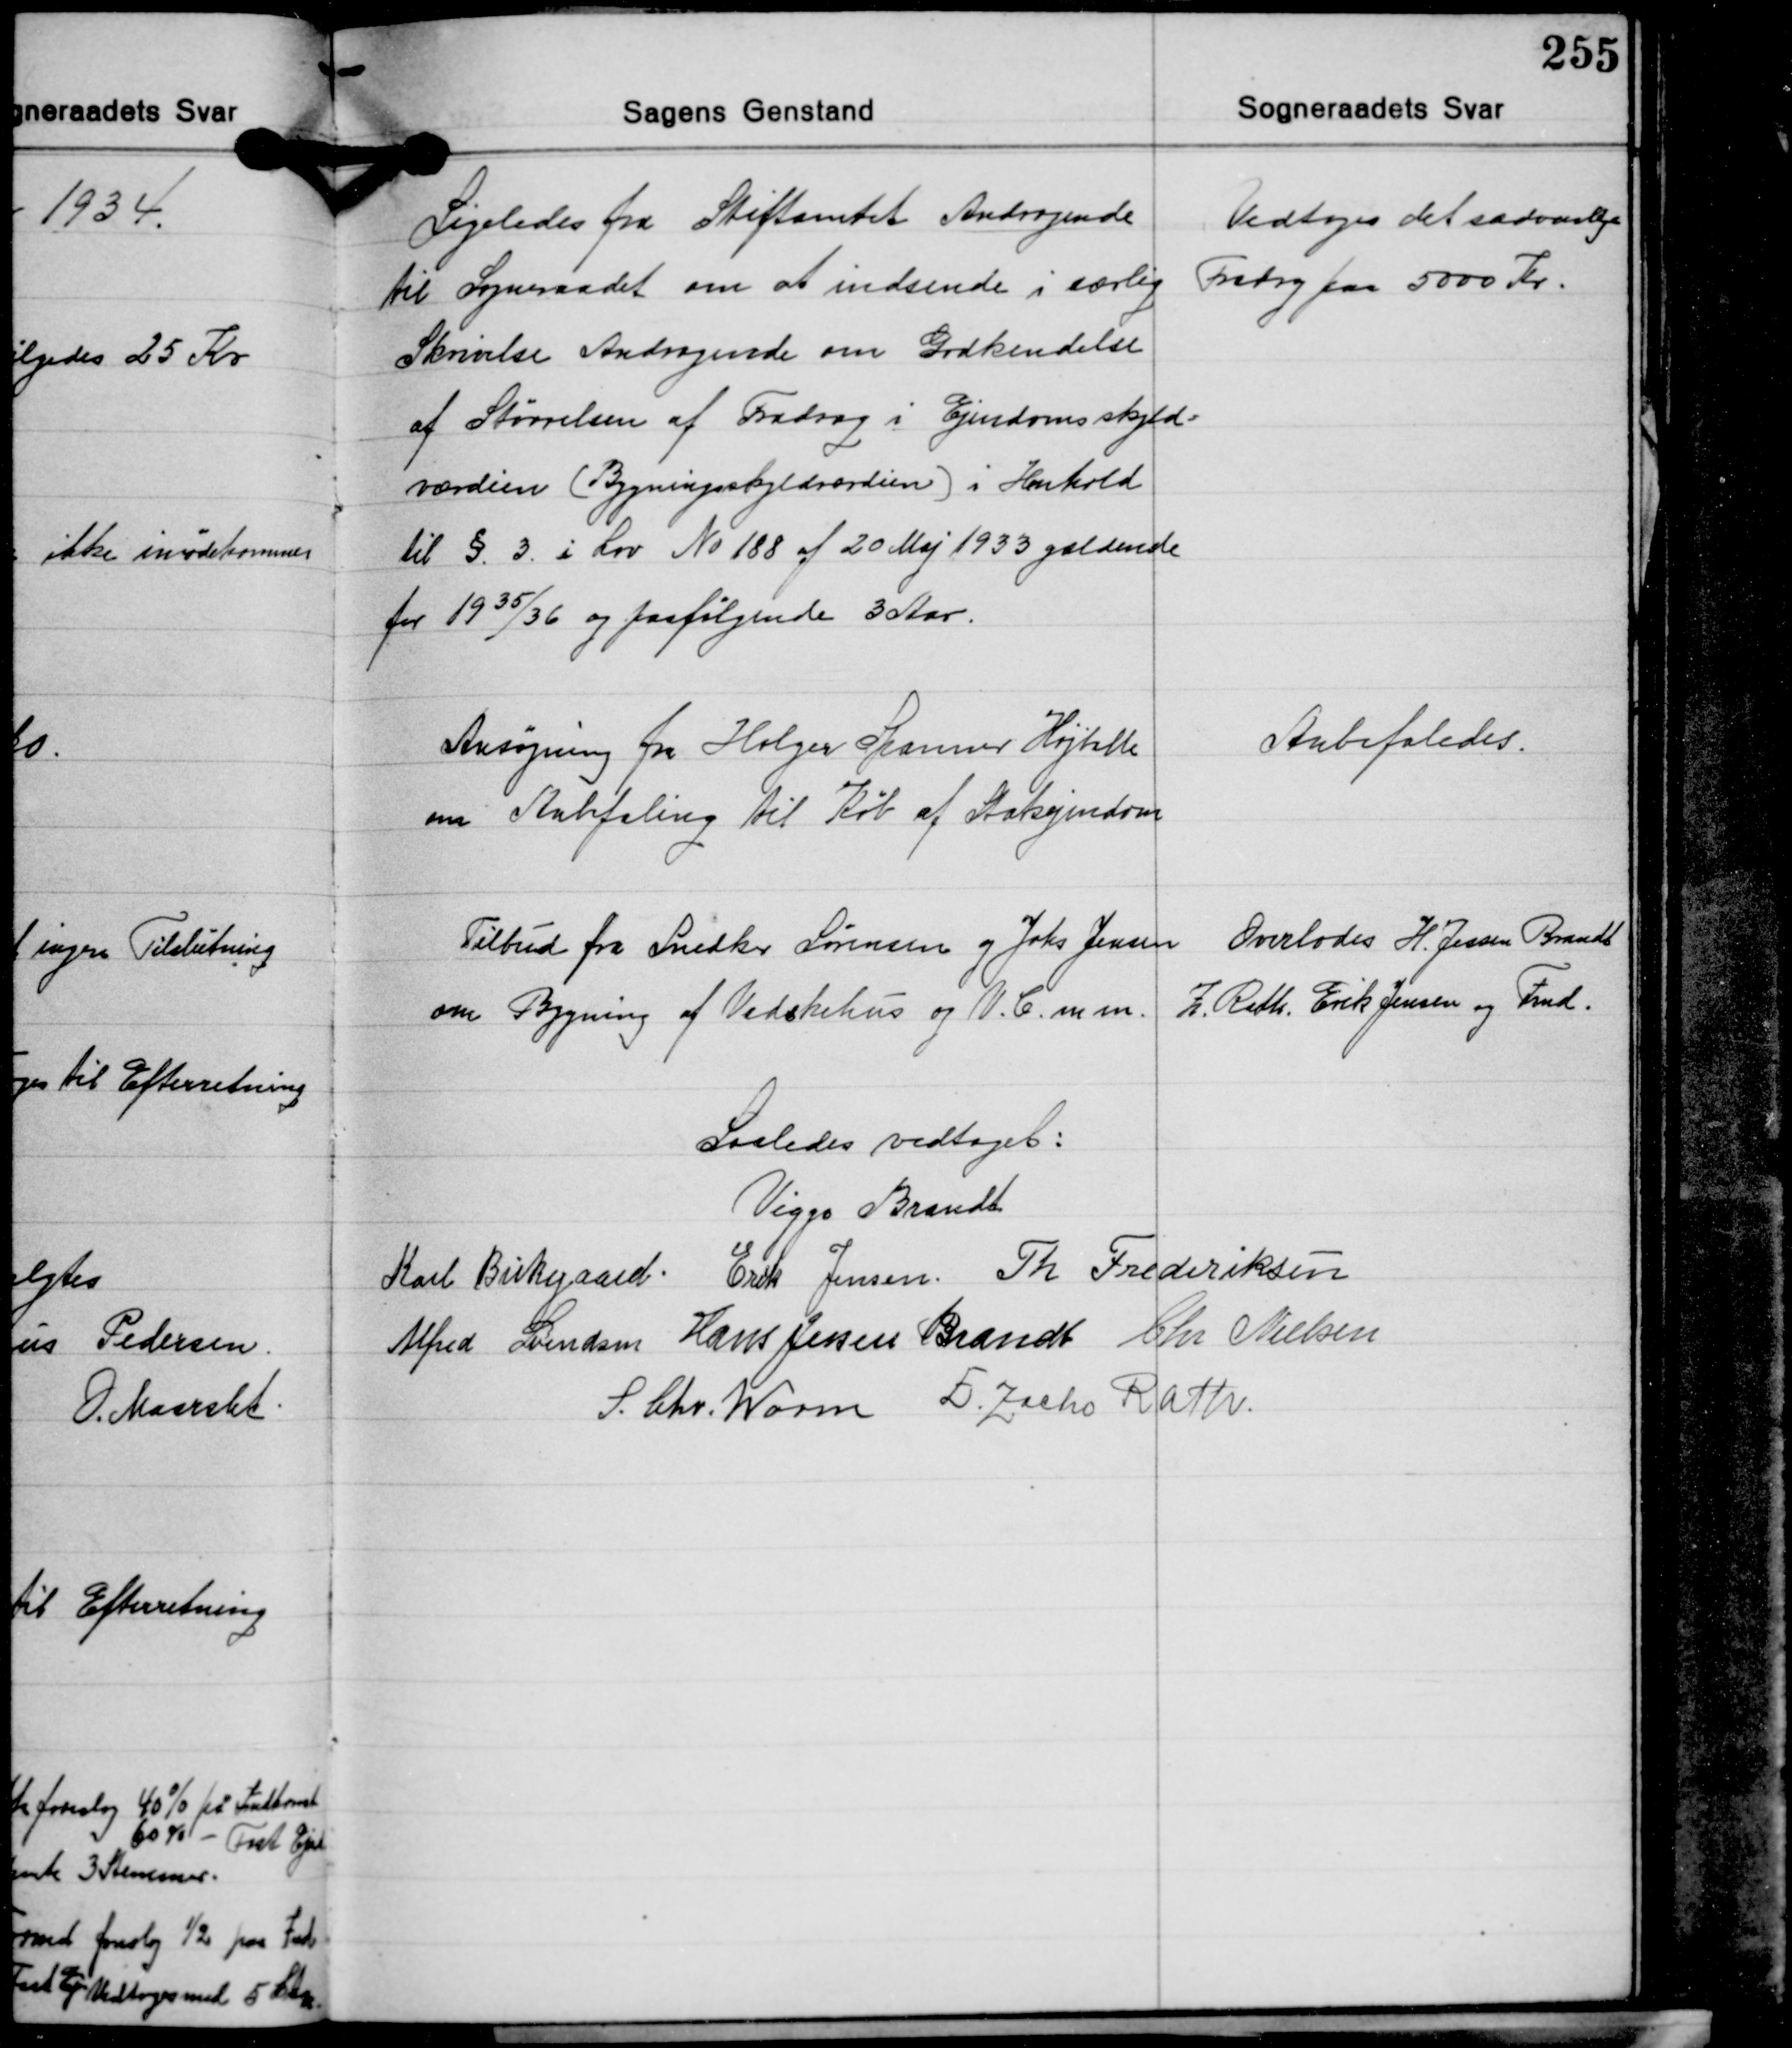
Transskription:
Ligeledes fra Stiftamtet Andragende
til Sogneraadet om at indsende i særlig
Skrivelse Andragende om Godkendelse
af Størrelsen af Fradrag i Ejendomsskyld-
værdien (Bygningsskyldværdien i Henhold
til §. 3 i Lov No 188 af 20 Maj 1933 gældende
for 1935/36 og paafølgende 3 Aar.

Vedtoges det sædvanlige
Fradrag paa 5000 Kr.

Ansøgning fra Holger Spanner Højballe
om Anbefaling til Køb af Stakejendom

Anbefaledes.

Tilbud fra Snedker Sørensen og Johs Jensen
om Bygning af Vadskehus og V.C. m.m.

Overlodes H. Jessen Brandt
Z. Rath, Erik Jensen og Fmd.

Saaledes vedtaget:
Viggo Brandt
Karl Birkgaard Erik Jensen Th. Frederiksen
Alfred Svendsen Hans Jessen Brandt Chr. Nielsen
S. Chr. Worm Z. Jacho Rath